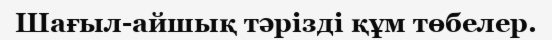
Шағыл-айшық тәрізді құм төбелер.